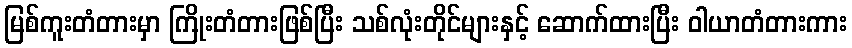
မြစ်ကူးတံတားမှာ ကြိုးတံတားဖြစ်ပြီး သစ်လုံးတိုင်များနှင့် ဆောက်ထားပြီး ဝါယာတံတားကား